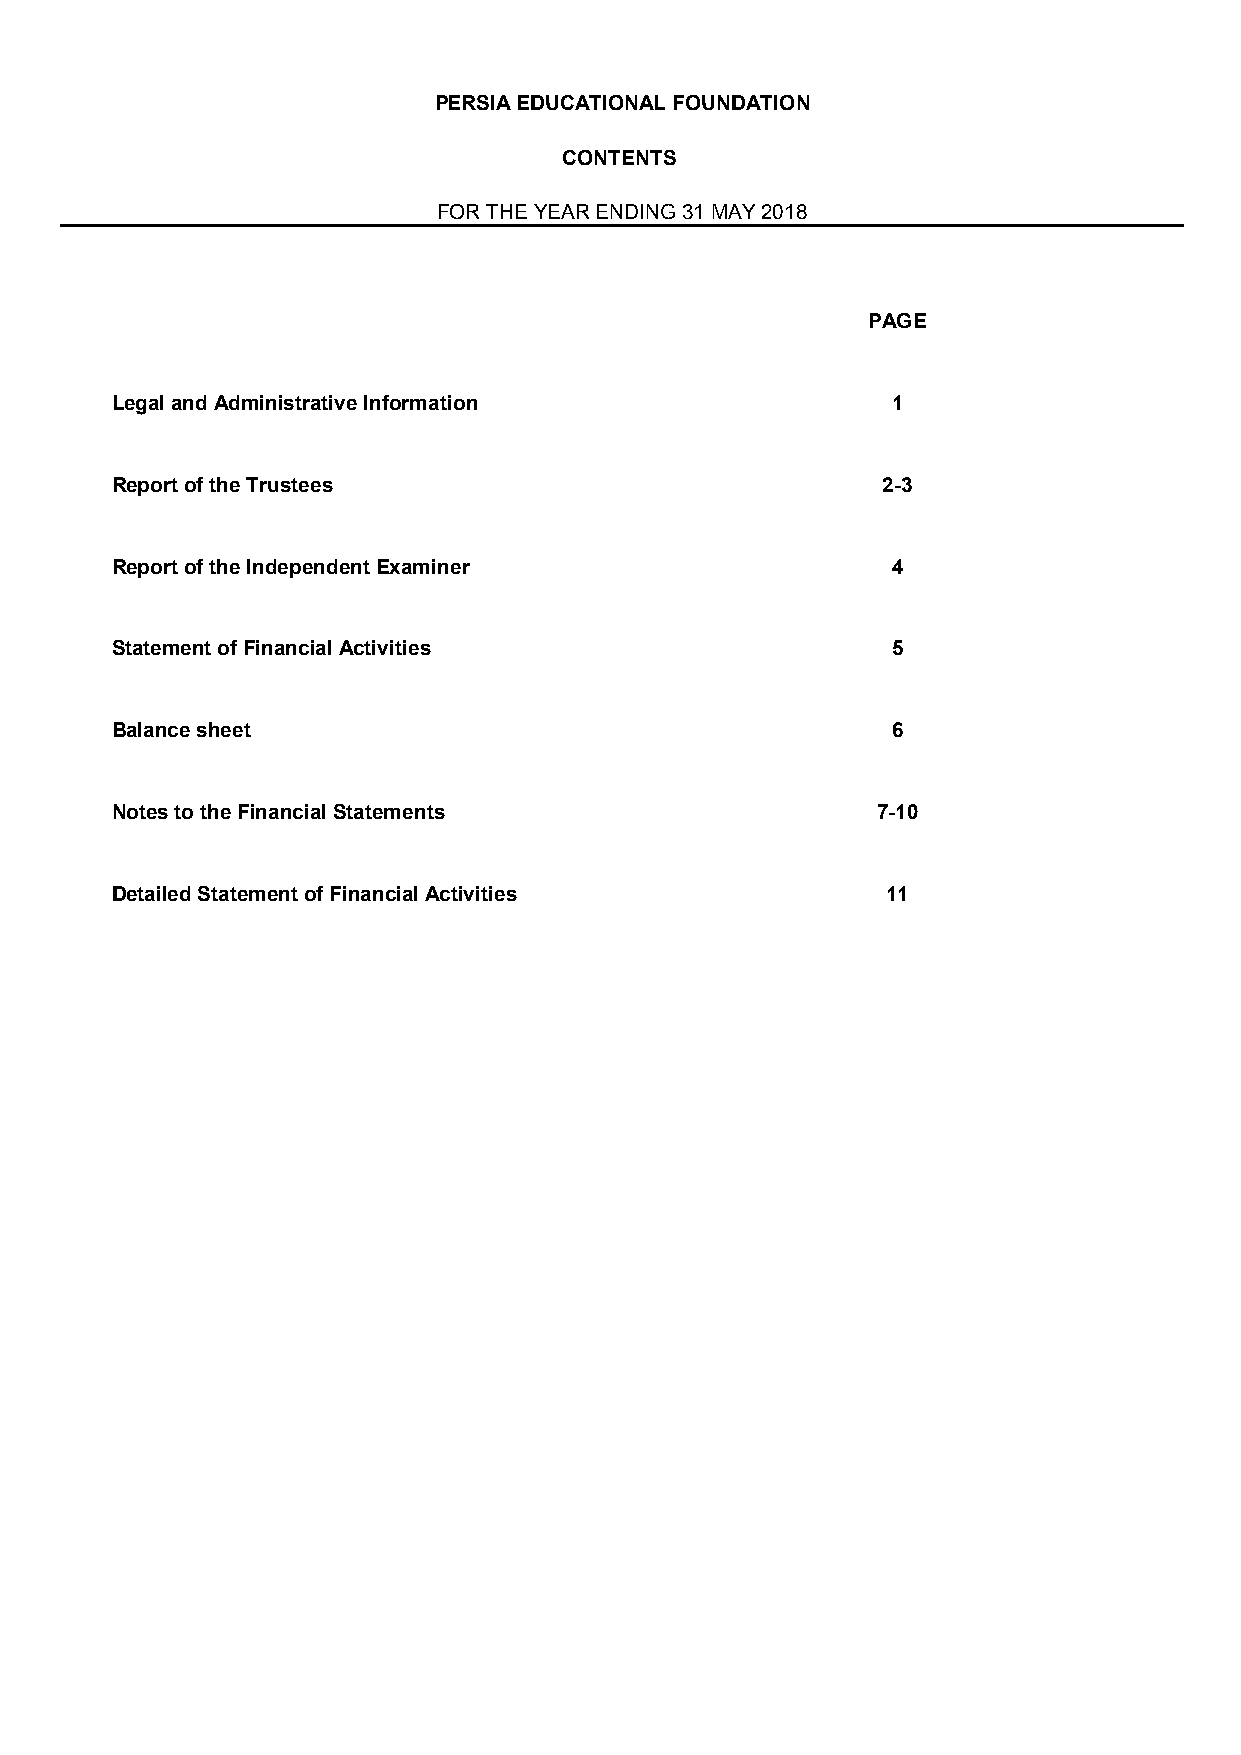
PERSIA EDUCATIONAL FOUNDATION
 CONTENTS
 FOR THE YEAR ENDING 31 MAY 2018
 PAGE
 Legal and Administrative Information                1
 Report of the Trustees                             2-3
 Report of the Independent Examiner                  4
 Statement of Financial Activities                   5
 Balance sheet                                       6
 Notes to the Financial Statements                  7-10
 Detailed Statement of Financial Activities          11